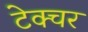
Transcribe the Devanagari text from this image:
टेक्चर